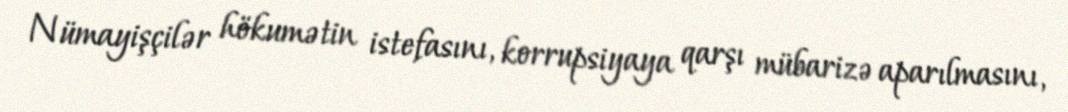
Nümayişçilər hökumətin istefasını, korrupsiyaya qarşı mübarizə aparılmasını,